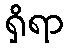
ရှိရာ